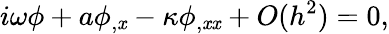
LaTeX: i\omega\phi+a\phi_{,\mathit{x}}-\kappa\phi_{,\mathit{x}\mathit{x}}+O(h^{2})=0,